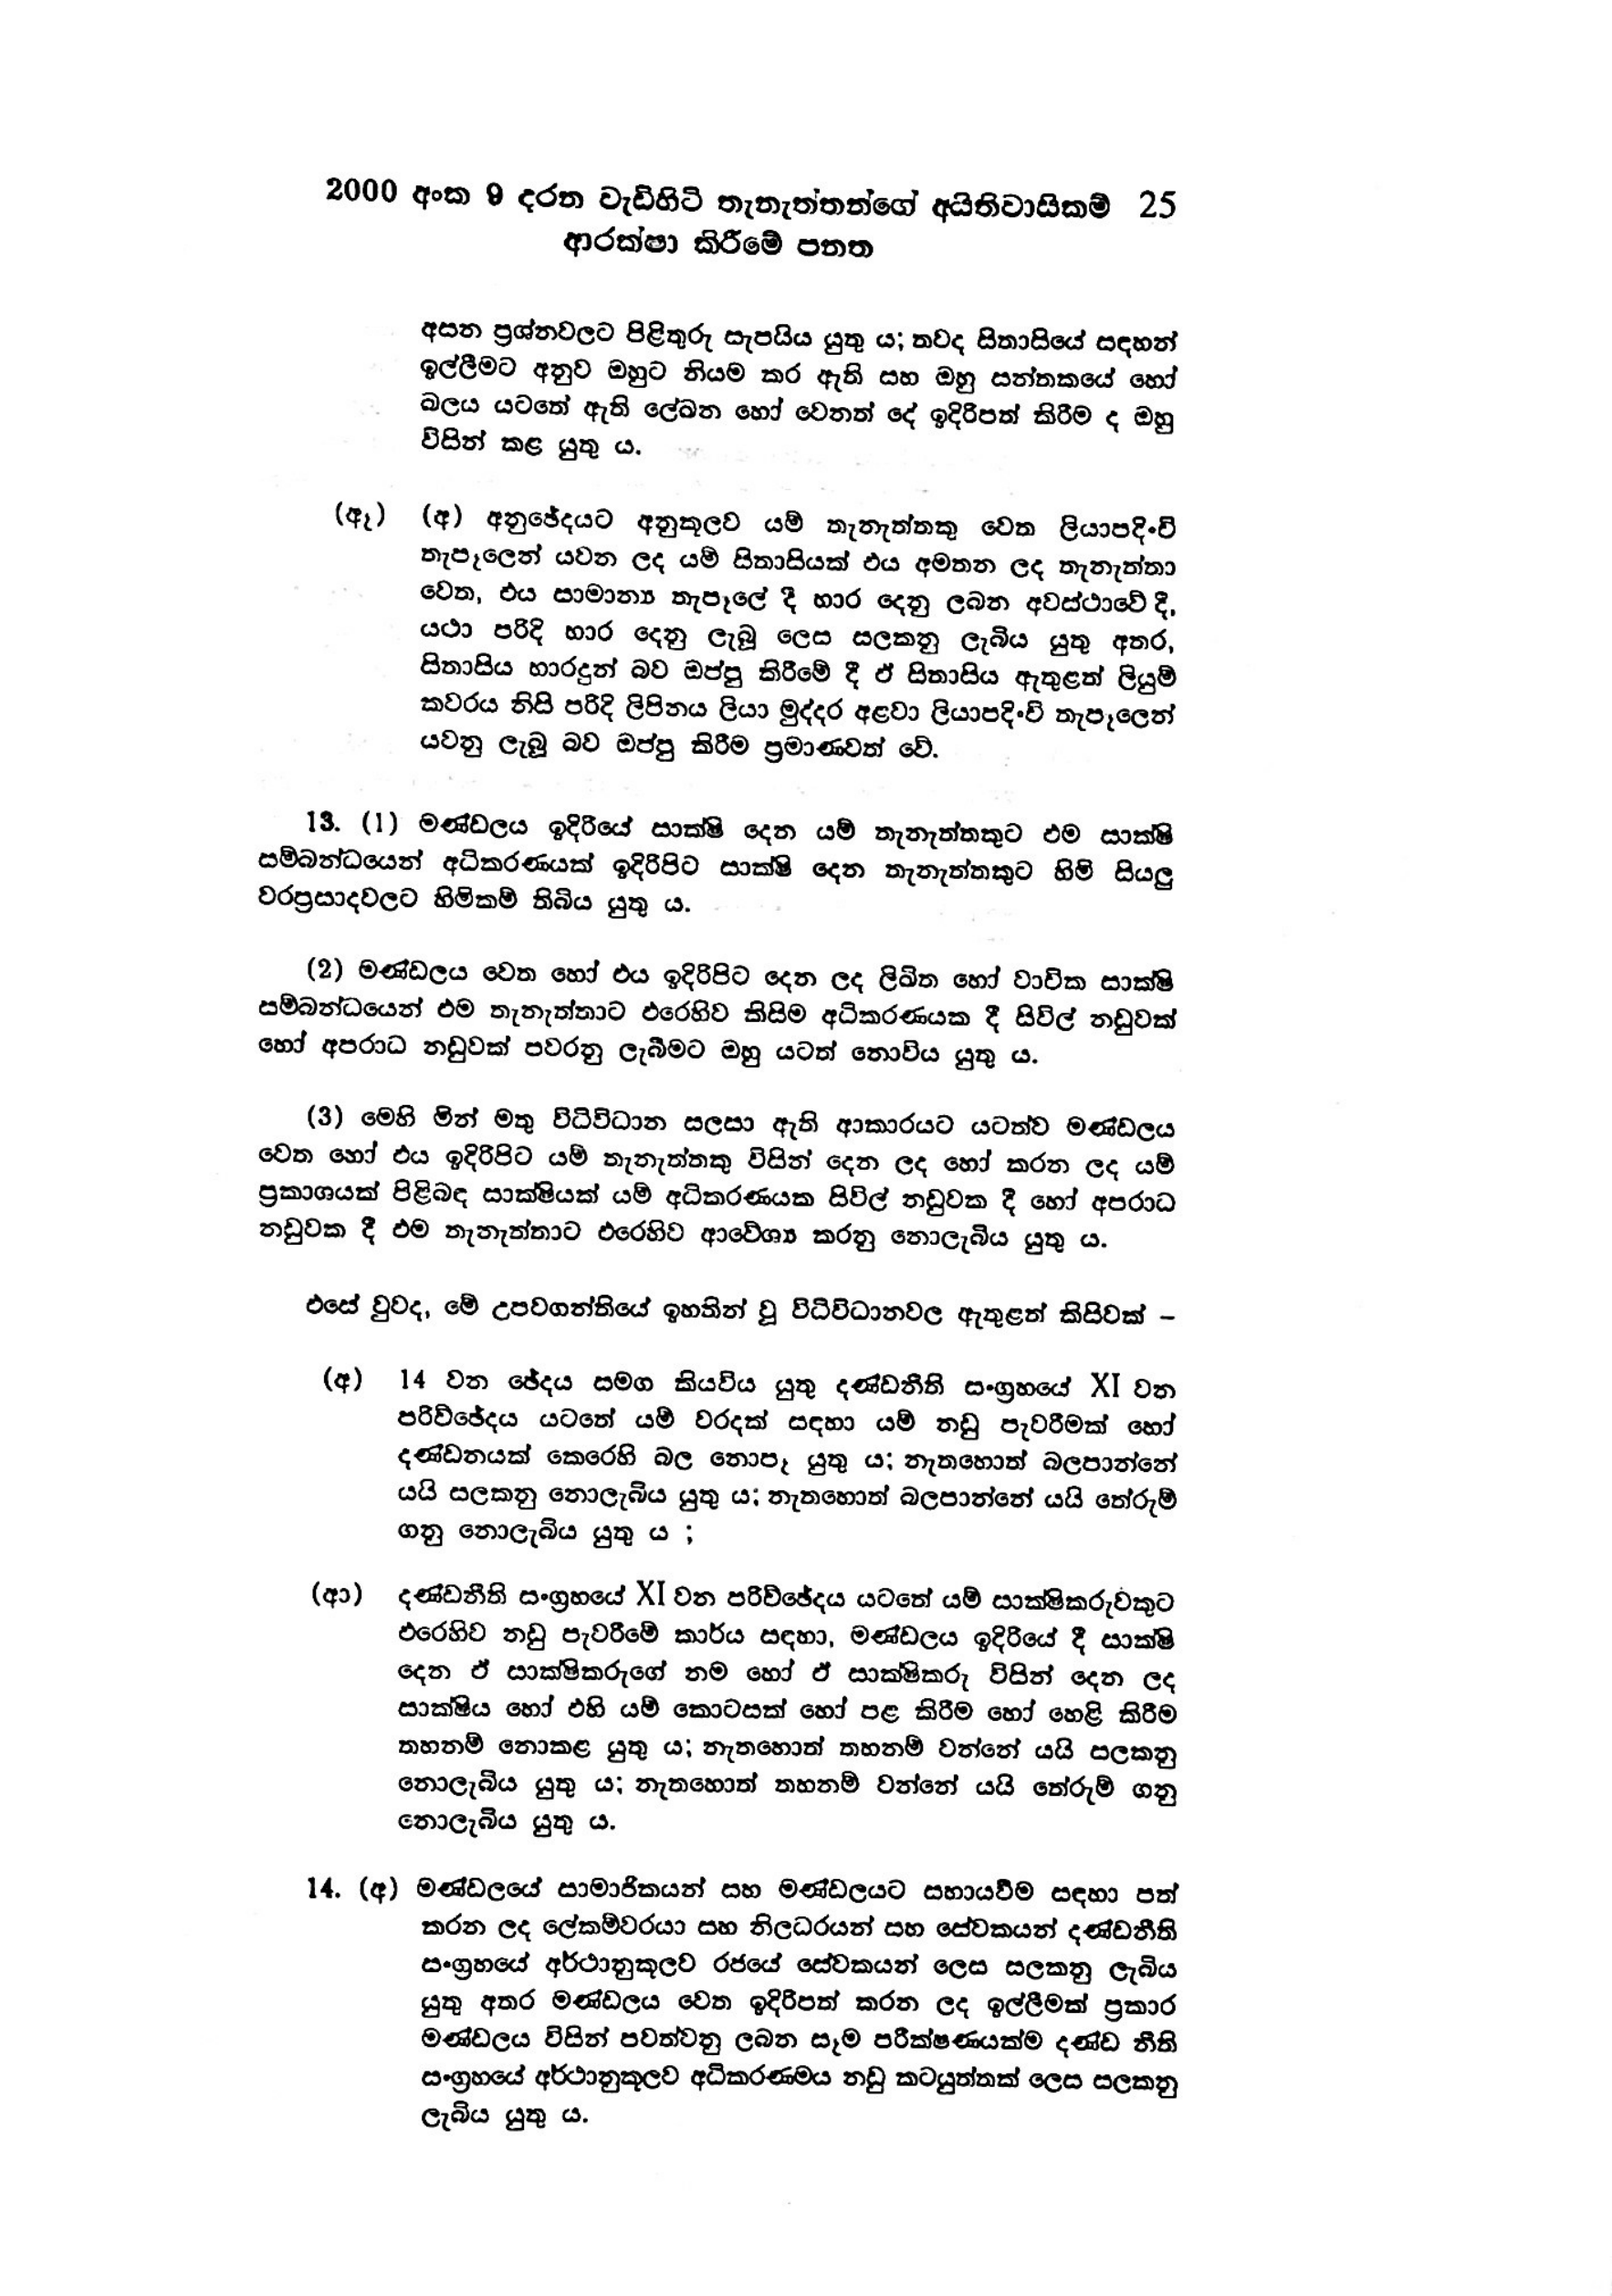
2000 අංක 9 දරන වැඩිහිටි තැනැත්තන්ගේ අයිතිවාසිකම් 25
ආරක්ෂා කිරීමේ පනත

අසන ප්‍රශ්න වලට පිළිතුරු සැපයිය යුතු ය; තවද සිතාසියේ සඳහන්
ඉල්ලීමට අනුව ඔහුට නියම කර ඇති සහ ඔහු සන්තකයේ හෝ
බලය යටතේ ඇති ලේඛන හෝ වෙනත් දේ ඉදිරිපත් කිරීම ද ඔහු
විසින් කළ යුතු ය.

(ඈ) (අ) අනුඡේදයට අනුකූලව යම් තැනැත්තකු වෙත ලියාපදිංචි
තැපෑලෙන් යවන ලද යම් සිතාසියක් එය අමතන ලද තැනැත්තා
වෙත, එය සාමාන්‍ය තැපෑලේ දී හාර දෙනු ලබන අවස්ථාවේ දී,
යථා පරිදි භාර දෙනු ලැබූ ලෙස සලකනු ලැබිය යුතු අතර,
සිතාසිය භාරදුන් බව ඔප්පු කිරීමේ දී ඒ සිතාසිය ඇතුළත් ලියුම්
කවරය නිසි පරිදි ලිපිනය ලියා මුද්දර අළවා ලියාපදිංචි තැපෑලෙන්
යවනු ලැබූ බව ඔප්පු කිරීම ප්‍රමාණවත් වේ.

13. (1) මණ්ඩලය ඉදිරියේ සාක්ෂි දෙන යම් තැනැත්තකුට එම සාක්ෂි
සම්බන්ධයෙන් අධිකරණයක් ඉදිරිපිට සාක්ෂි දෙන තැනැත්තකුට හිමි සියලු
වරප්‍රසාදවලට හිමිකම් තිබිය යුතු ය.

(2) මණ්ඩලය වෙත හෝ එය ඉදිරිපිට දෙන ලද ලිඛිත හෝ වාචික සාක්ෂි
සම්බන්ධයෙන් එම තැනැත්තාට එරෙහිව කිසිම අධිකරණයක දී සිවිල් නඩුවක්
හෝ අපරාධ නඩුවක් පවරනු ලැබීමට ඔහු යටත් නොවිය යුතු ය.

( 3 ) මෙහි මින් මතු විධිවිධාන සලසා ඇති ආකාරයට යටත්ව මණ්ඩලය
වෙත හෝ එය ඉදිරිපිට යම් තැනැත්තකු විසින් දෙන ලද හෝ කරන ලද යම්
ප්‍රකාශයක් පිළිබඳ සාක්ෂියක් යම් අධිකරණයක සිවිල් නඩුවක දී හෝ අපරාධ
නඩුවක දී එම තැනැත්තාට එරෙහිව ආවේශ්‍ය කරනු නොලැබිය යුතු ය.

එසේ වුවද, මේ උපවගන්තියේ ඉහතින් වූ විධිවිධානවල ඇතුළත් කිසිවක් -

(අ) 14 වන ඡේදය සමග කියවිය යුතු දණ්ඩනීති සංග්‍රහයේ XIවන
පරිච්ඡේදය යටතේ යම් වරදක් සඳහා යම් නඩු පැවරීමක් හෝ
දණ්ඩනයක් කෙරෙහි බල නොපෑ යුතු ය; නැතහොත් බලපාන්නේ
යයි සලකනු නොලැබිය යුතු ය; නැතහොත් බලපාන්නේ යයි තේරුම්
ගනු නොලැබිය යුතු ය ;

(ආ) දණ්ඩනීති සංග්‍රහයේ XI වන පරිච්ඡේදය යටතේ යම් සාක්ෂිකරුවකුට
එරෙහිව නඩු පැවරීමේ කාර්ය සඳහා, මණ්ඩලය ඉදිරියේ දී සාක්ෂි
දෙන ඒ සාක්ෂිකරුගේ නම හෝ ඒ සාක්ෂිකරු විසින් දෙන ලද
සාක්ෂිය හෝ එහි යම් කොටසක් හෝ පළ කිරීම හෝ හෙළි කිරීම
තහනම් නොකළ යුතුය; නැතහොත් තහනම් වන්නේ යයි සලකනු
නොලැබිය යුතු ය; නැතහොත් තහනම් වන්නේ යයි තේරුම් ගනු
නොලැබිය යුතු ය.

14. (අ) මණ්ඩලයේ සාමාජිකයන් සහ මණ්ඩලයට සහාය වීම සඳහා පත්
කරන ලද ලේකම්වරයා සහ නිලධරයන් සහ සේවකයන් දණ්ඩනීති
සංග්‍රහයේ අර්ථානුකූලව රජයේ සේවකයන් ලෙස සලකනු ලැබිය
යුතු අතර මණ්ඩලය වෙත ඉදිරිපත් කරන ලද ඉල්ලීමක් ප්‍රකාර
මණ්ඩලය විසින් පවත්වනු ලබන සෑම පරීක්ෂණයක්ම දණ්ඩ නීති
සංග්‍රහයේ අර්ථානුකූලව අධිකරණමය නඩු කටයුත්තක් ලෙස සලකනු
ලැබිය යුතු ය.